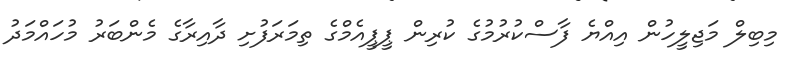
މިބިލް މަޖިލީހުން އިއްޔެ ފާސްކުރުމުގެ ކުރިން ޕީޕީއެމްގެ ތިމަރަފުށި ދާއިރާގެ މެންބަރު މުހައްމަދު